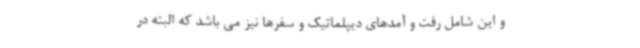
و این شامل رفت و آمدهای دیپلماتیک و سفرها نیز می باشد که البته در